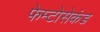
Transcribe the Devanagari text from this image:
फेम्टोसेकंड